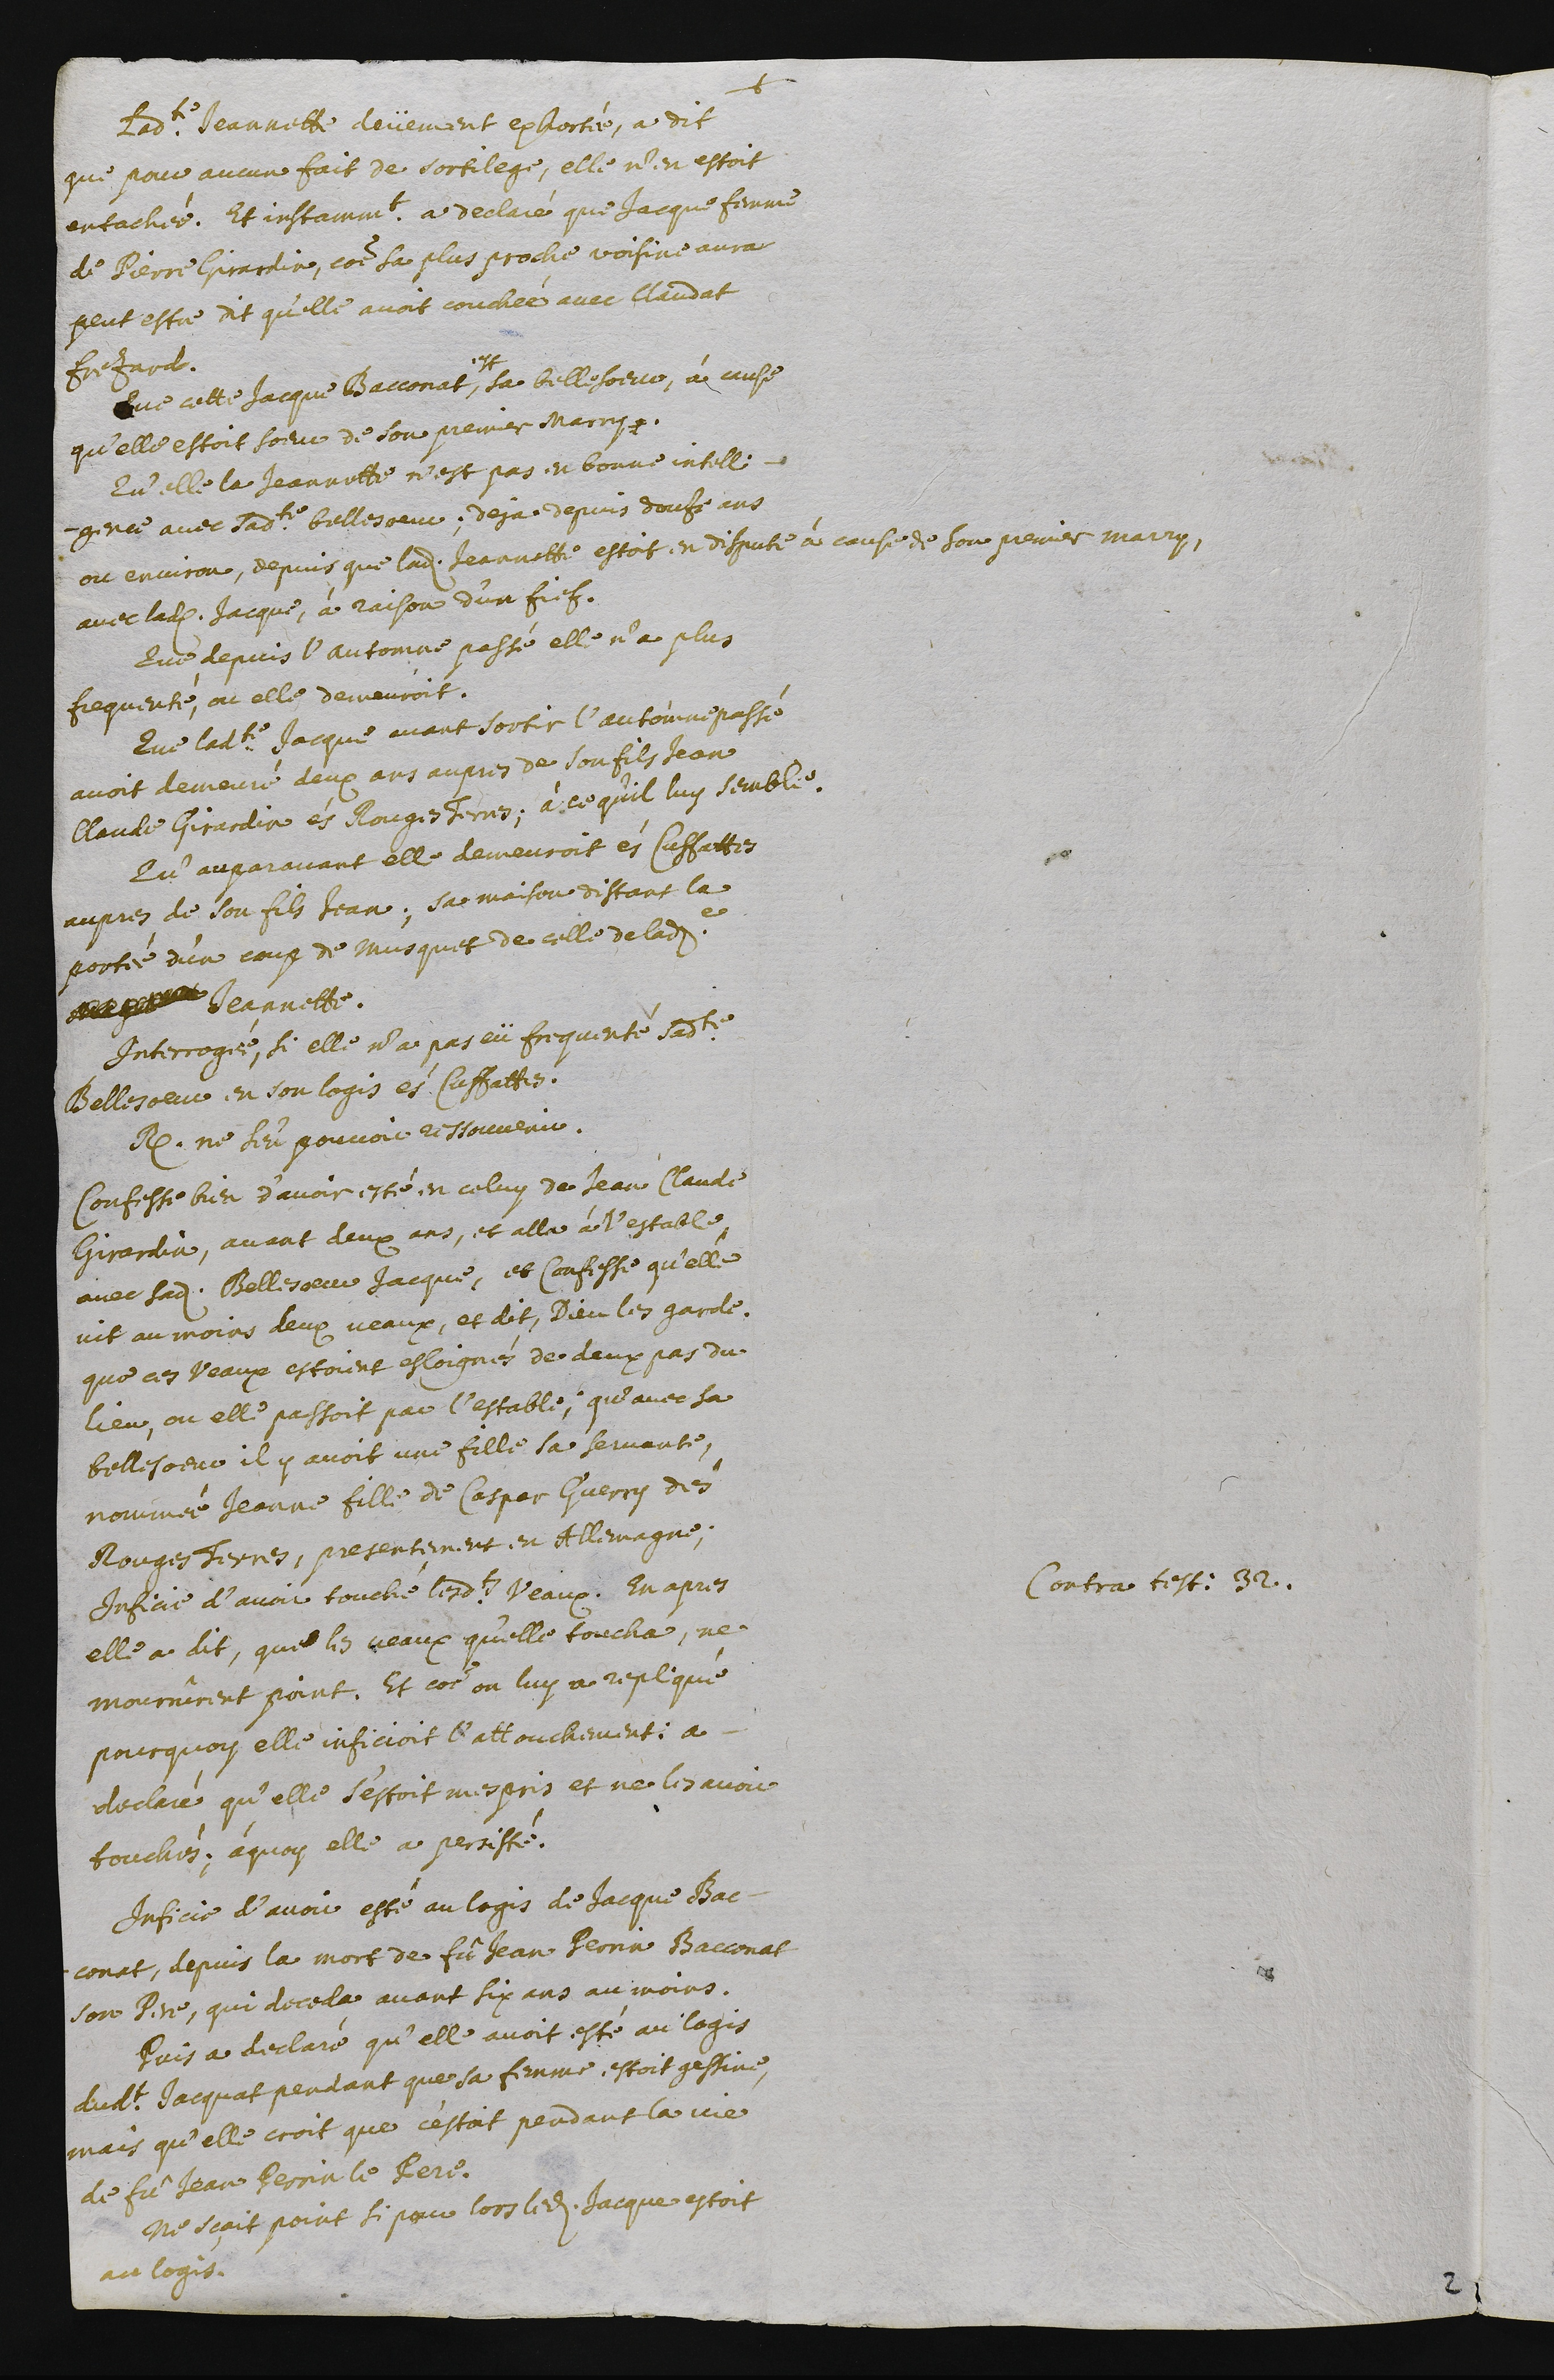
+
Ladite Jeannette deüement exhortée, a dit
que pour aucun fait de sortilege, elle n’en estoit
entachée. Et instamment a declaré que Jacque femme
de Pierre Girardin, comme sa plus proche voisine aura
peut estre dit qu’elle avoit couchées avec Claudat
Fresard.
Que cette Jacque Bacconat,
est
sa belle soeur, à cause
qu’elle estoit sœur de son premier marry.
Qu’elle, la Jeannette, n’est pas en bonne intelli-
gence avec sadite bellesoeur; deja depuis douze ans
ou environ, depuis que ladite Jeannette estoit en dispute à cause de son premier marry,
avec ladite Jacque, à raison d’un fief.
Que depuis l’automne passé elle n’a plus
frequenté ou elle demeuroit.
Que ladite Jacque avant sortir l’automne passé
avoit demeuré deux ans aupres de son fils Jean
Claude Girardin és Rouges Terres, à ce qu’il luy semble.
Qu’auparavant elle demeuroit és Cuffattes
aupres de son fils Jean, sa maison distant la
portée d’un coup de musquet de celle de ladite
Magdeleine Jeannette.
Interrogée, si elle n’a pas eü frequenté sadite
bellesoeur en son logis és Cuffattes.
Respond ne s’en pouvoir ressouvenir.
Confesse bien d’avoir esté en celuy de Jean Claude
Girardin, avant deux ans, et alla à l’estable,
avec sadite Bellesoeur Jacque, et confesse qu’elle
vit au moins deux veaux, et dit, Dieu les garde.
Que ces veaux estoient esloignés de deux pas du
lieu, ou elle passoit par l’estable. Qu’avec sa
bellesœur, il y avoit une fille sa servante,
nommée Jeanne fille de Caspar Guerry dés
Rouges Terres, presentement en Allemagne.
Contra tetimonium 32.
Inficie d’avoir touché lesdits veaux. En apres
elle a dit, que les veaux qu’elle toucha, ne
mourrûrent point. Et comme on luy a repliqué
pourquoy elle inficioit l’attouchement : a
declaré qu’elle s’estoit mespris et ne les avoir
touchés, à quoy elle a persisté.
Inficie d’avoir esté au logis de Jacque Bac-
conat, depuis la mort de fû Jean Pernin Bacconat
son pere, qui deceda avant six ans au moins.
Puis a declaré qu’elle avoit esté au logis
dudit Jacquat pendant que sa femme estoit gessine,
mais qu’elle croit que c’estoit pendant la vie
de fü Jean Perrin le Pere.
Ne sçait point si pour lors ledit Jacque estoit
au logis.